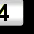
Digit: 3